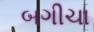
બગીચા